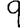
Digit: 9